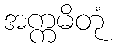
အက္ကမိတုံ